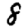
Digit: 8